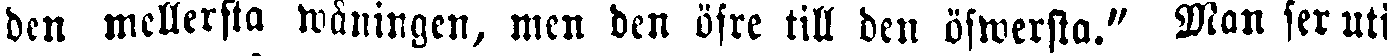
den mellersta wåningen, men den öfre till den öfwersta." Man ser uti